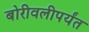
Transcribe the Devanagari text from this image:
बोरीवलीपर्यंत